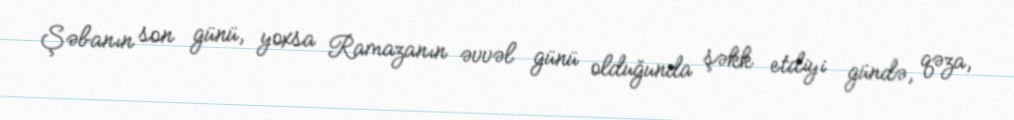
Şəbanın son günü, yoxsa Ramazanın əvvəl günü olduğunda şəkk etdiyi gündə, qəza,